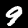
Label: 9